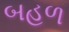
બહળ